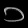
Digit: ၁